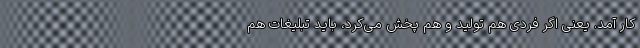
کار آمد. یعنی اگر فردی هم تولید و هم پخش می‌کرد، باید تبلیغات هم